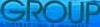
GROUP